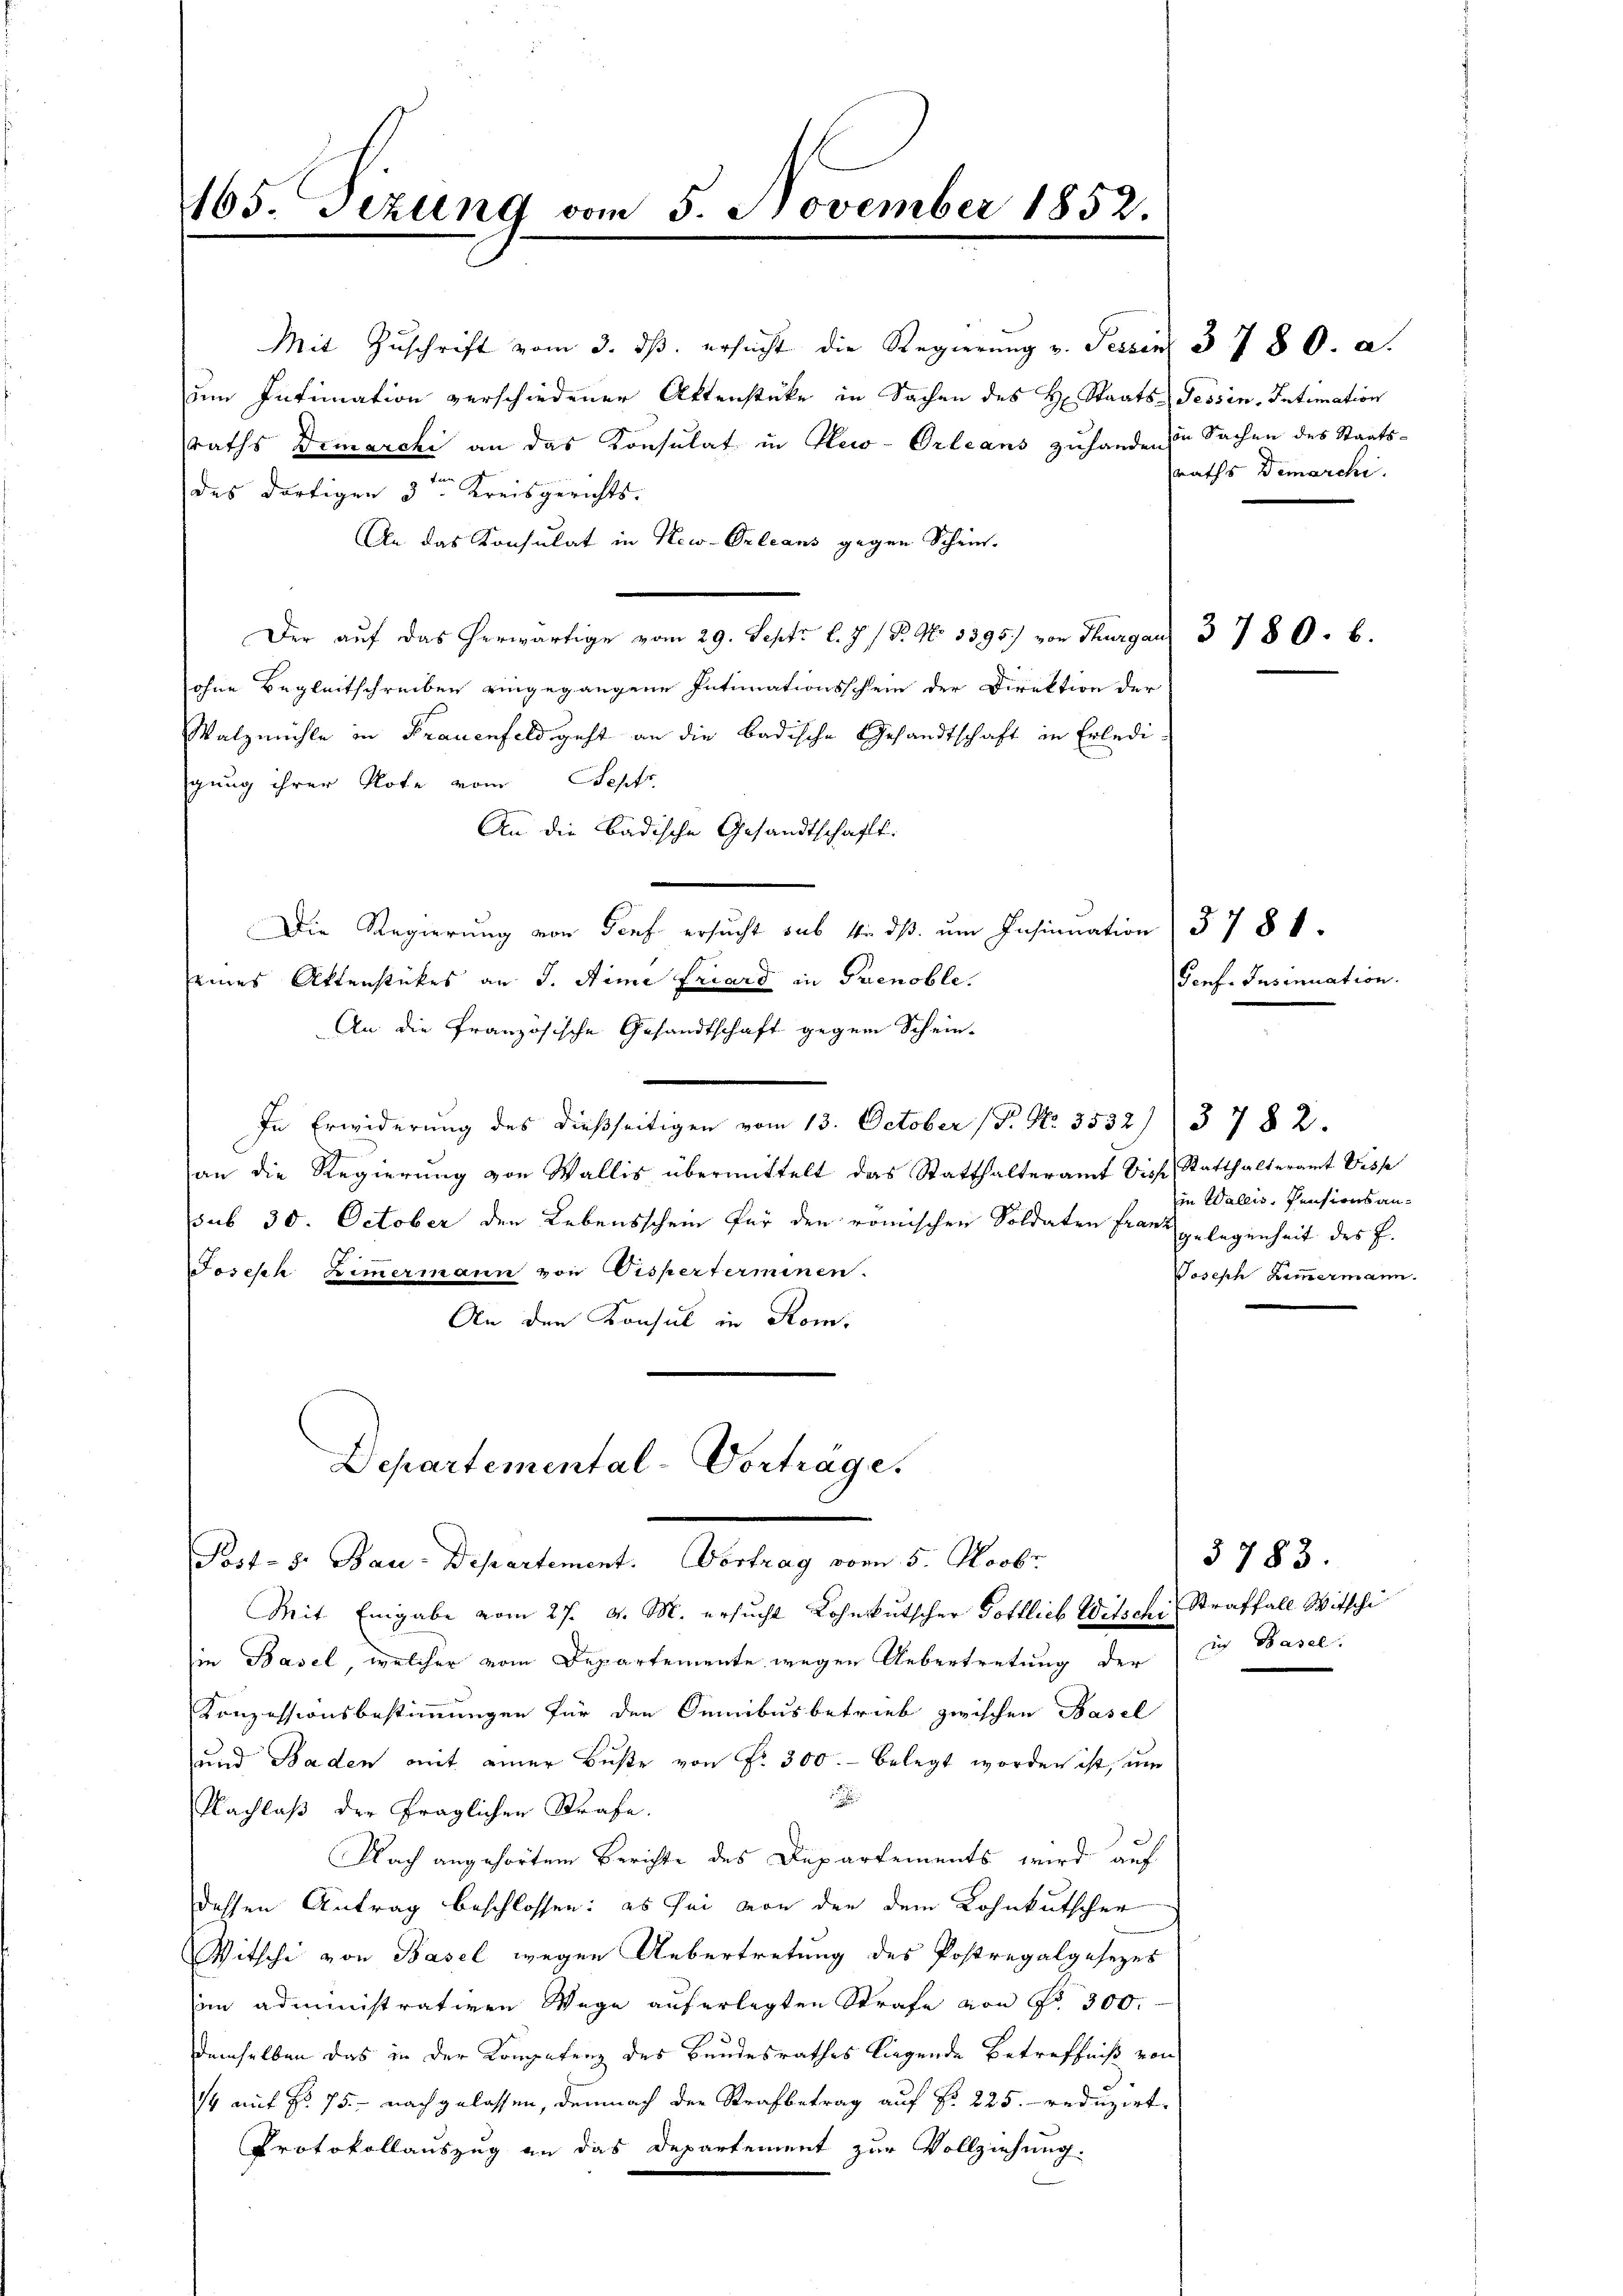
165. Sezung vom 5. November 1852.

Mit Zuschrift vom 3. ds. ersucht die Regierung v. Tessin 37 80. a.
dem Intimation verschiedener Aktenstücke in Sachen des H. Staats-Tessin, Intimation
sraths Demarchi an das Konsulat in New-Orleans zuhande zu Sachen des Staatsdes dortigen 3ten Kreisgerichts-
An das Konsulat in New-Orleans gegen Schein-
Der auf das herwärtige vom 29. Sept. l. J. / P. G. 3395) von Thurgau 3780. b
ohne Begleitschreiben eingegangene Intimationsschein der Direktion der
Watzmühle in Frauenfeld geht an die badische Gesandtschaft in Erledi
gung ihrer Note vom Sept.
An die Badische Gesandtschaft.
Die Regierung von Tief ersucht sub 1. ds. um Insinuation § 78 f.
eines Attenstückes an J. Stime Friard in Prenoble.
An die französische Gesandtschaft gegen Schein-
In Erwiderung des dießseitigen vom 13. October (P. Nr. 3532/3782.
an die Regierŭng von Wallis übermittelt das Statthalteramt Dich Statthalteramt Wisse
sub 30. October den Lebensschein für den römischen Soldaten Franz gelegenheit des E.
Joseph Zimmermann von Visperterminen.
An den Konsul in Rom.

Bed. 5. Jan. Departemente Vertrag vom 5. Serbe
Mit Eingabe vom 27. v. M. ersucht Lohnkutscher Gottlich Witschi Straffall Witschi
in Basel, welcher vom Departemente wegen Uebertretung der in Basel.
Konzessionsbestimmungen für den Semibus betrieb zwischen Basel
und Baden mit einer Buße von Fr. 300.- belegt worden ist, um
.
Nachlaß der fraglichen Strafe.
Nach angehörtem Berichte des Departements wird auf
dessen Antrag beschlossen: es sei von den dem Lohnkutscher
Witsche von Basel wegen Uebertretung des Postregalgesezes
im administrativen Wege auferlegten Strafe von No 300.
demselben das in der Kompetenz des Bandesrathes liegende Betreffniß von
14 mit No 75 - nachgelassen, demnach der Strafbetrag auf § 225. reduzirt.
Protokollauszug an das Departement zur Vollziehung.

Departemental-Vorträge.

raths Demarchi

Porf. Insinuation

in Wallis, Pensionsan¬
Joseph Zimmermann.

3783.